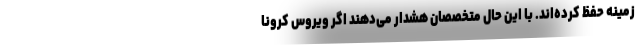
زمینه حفظ کرده‌اند. با این حال متخصصان هشدار می‌دهند اگر ویروس کرونا